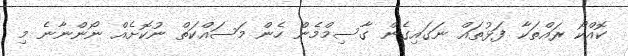
ކޮއްކޯ ރައްތަކާ ފަޅުތައް ނަގައިގެން ގާސިމްމެން ހެން މަސައްކަތް ނުކޮށެއް ނޯންނާނެ މި